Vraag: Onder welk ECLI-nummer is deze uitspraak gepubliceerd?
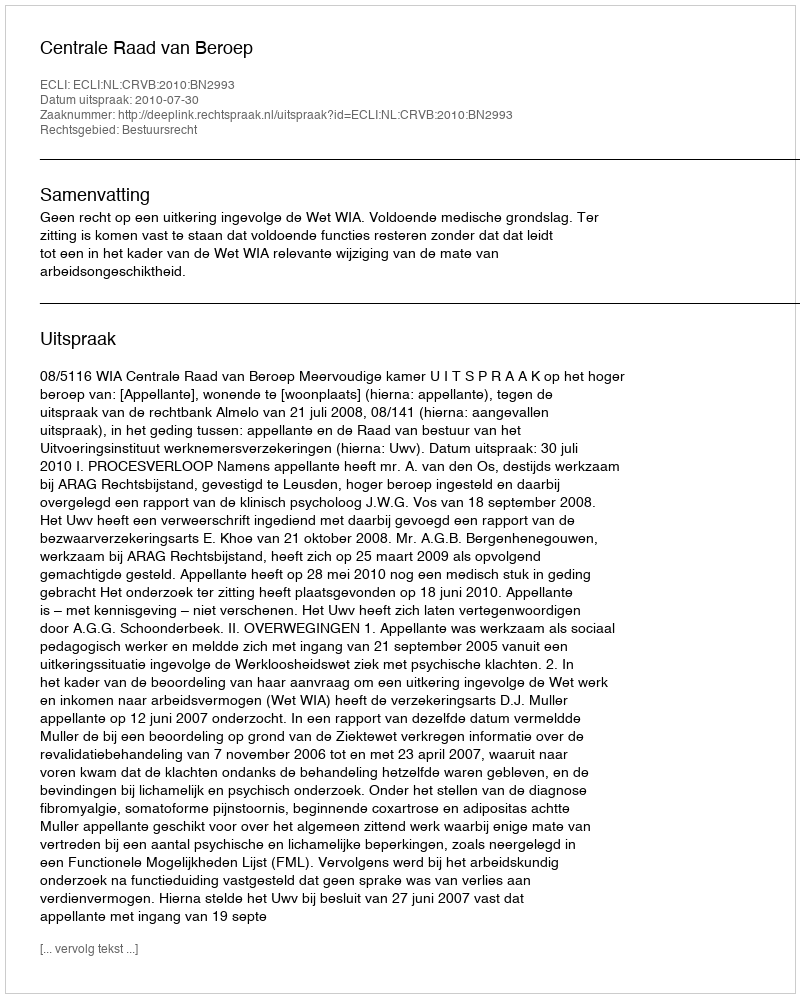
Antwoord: ECLI:NL:CRVB:2010:BN2993